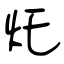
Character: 灹